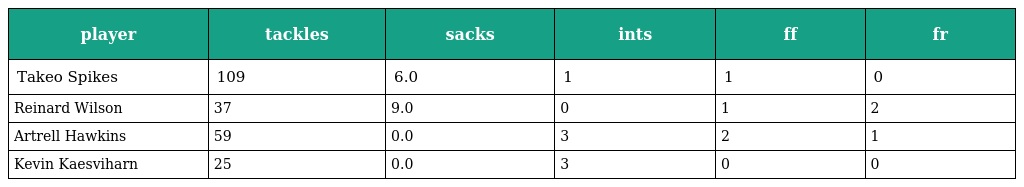
| player | tackles | sacks | ints | ff | fr |
 | --- | --- | --- | --- | --- | --- |
 | Takeo Spikes | 109 | 6.0 | 1 | 1 | 0 |
 | Reinard Wilson | 37 | 9.0 | 0 | 1 | 2 |
 | Artrell Hawkins | 59 | 0.0 | 3 | 2 | 1 |
 | Kevin Kaesviharn | 25 | 0.0 | 3 | 0 | 0 |